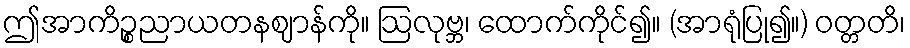
ဤအာကိဉ္စညာယတနဈာန်ကို။ ဩလုဗ္ဘ၊ ထောက်ကိုင်၍။ (အာရုံပြု၍။) ဝတ္တတိ၊